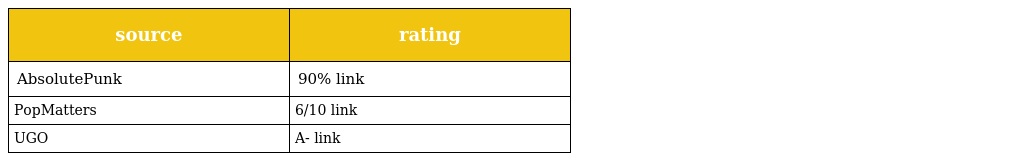
| source | rating |
 | --- | --- |
 | AbsolutePunk | 90% link |
 | PopMatters | 6/10 link |
 | UGO | A- link |